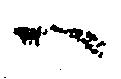
へ